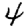
Digit: 4